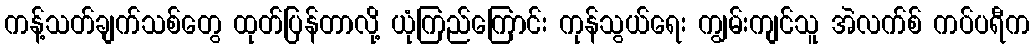
ကန့်သတ်ချက်သစ်တွေ ထုတ်ပြန်တာလို့ ယုံကြည်ကြောင်း ကုန်သွယ်ရေး ကျွမ်းကျင်သူ အဲလက်စ် ကပ်ပရီက